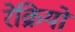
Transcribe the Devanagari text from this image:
रेक्रियो